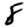
Digit: 8